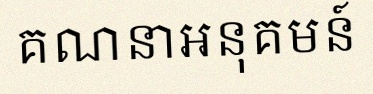
គណនាអនុគមន៍